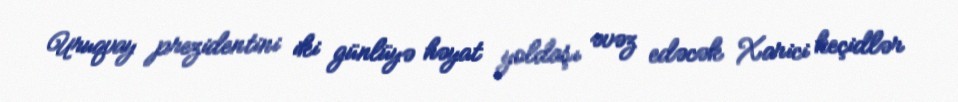
Uruqvay prezidentini iki günlüyə həyat yoldaşı əvəz edəcək Xarici keçidlər